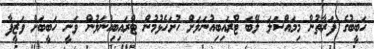
ހަބީބުގެ ފަރާތުން މިމައްސަލަ ލޭބަ ޓްރައިބިއުނަލަށް ހުށަހެޅުމުން ޓްރައިބިއުނަލުން ވަނީ ހަބީބަށް ވަޒީފާ